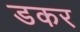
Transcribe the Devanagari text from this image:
डकर